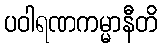
ပဝါရဏကမ္မာနီတိ